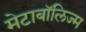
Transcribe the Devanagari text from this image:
मेटाबॉलिज्म